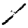
Digit: 1